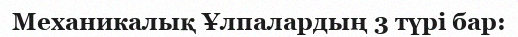
Механикалық Ұлпалардың 3 түрі бар: